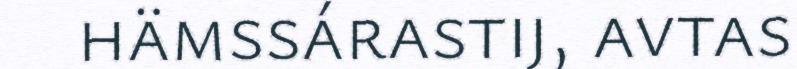
hämssárastij, avtas